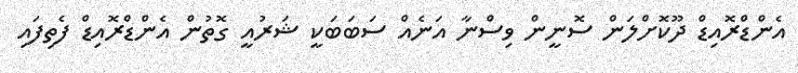
އެންޑްރޮއިޑް ދޫކޮށްލަން ސޮނީން ވިސްނާ އަނެއް ސަބަބަކީ ޝަރުއީ ގޮތުން އެންޑްރޮއިޑް ފެތިފައި